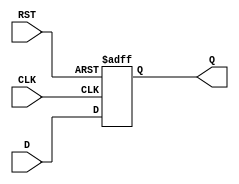
module IntermediateRegister (
    input wire [WIDTH-1:0] D,     // Data input
    input wire CLK,                // Clock signal
    input wire RST,                // Asynchronous reset
    output reg [WIDTH-1:0] Q       // Data output
);
    parameter WIDTH = 8;           // Width of the register (default 8 bits)

    // Always block for capturing data on clock edge or reset
    always @(posedge CLK or posedge RST) begin
        if (RST) begin
            Q <= 0;                 // Reset output to zero
        end else begin
            Q <= D;                 // Capture input data on clock edge
        end
    end
endmodule